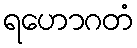
ရဟောဂတံ